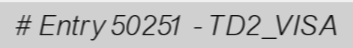
# Entry 50251 - TD2_VISA